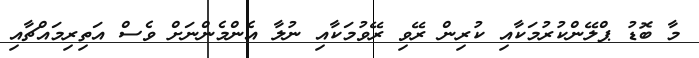
މާ ބޮޑު ޕްލޭންކުރުމަކާއި ކުރިން ރޭވި ރޭވުމަކާއި ނުލާ އެންމެންނަށް ވެސް އަތިރިމައްޗާއި